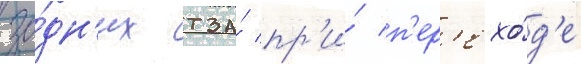
за́дн'их тза́ пр'и́ п'ер'ехо́д'е